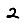
Digit: 2